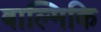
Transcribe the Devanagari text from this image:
बाल्मिकि